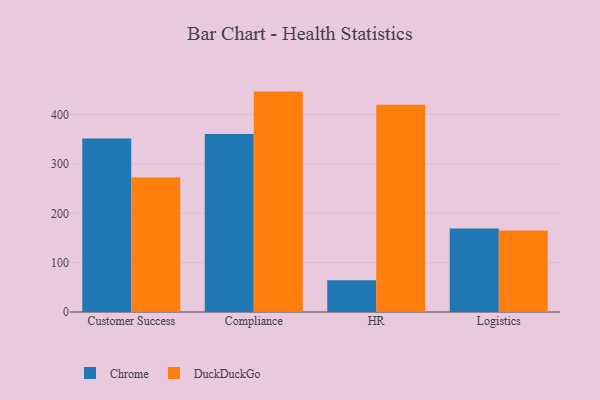
{"axis": {"x": "Department", "y": "Gross Profit (USD K)"}, "legend": ["Chrome", "DuckDuckGo"], "data": [{"x": "Customer Success", "y": 351.4, "type": "Chrome"}, {"x": "Customer Success", "y": 272.5, "type": "DuckDuckGo"}, {"x": "Compliance", "y": 360.9, "type": "Chrome"}, {"x": "Compliance", "y": 446.6, "type": "DuckDuckGo"}, {"x": "HR", "y": 64.5, "type": "Chrome"}, {"x": "HR", "y": 419.8, "type": "DuckDuckGo"}, {"x": "Logistics", "y": 169.0, "type": "Chrome"}, {"x": "Logistics", "y": 165.0, "type": "DuckDuckGo"}]}